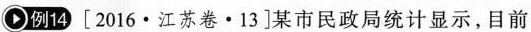
O例14[2016·江苏卷·13]某市民政局统计显示，目前